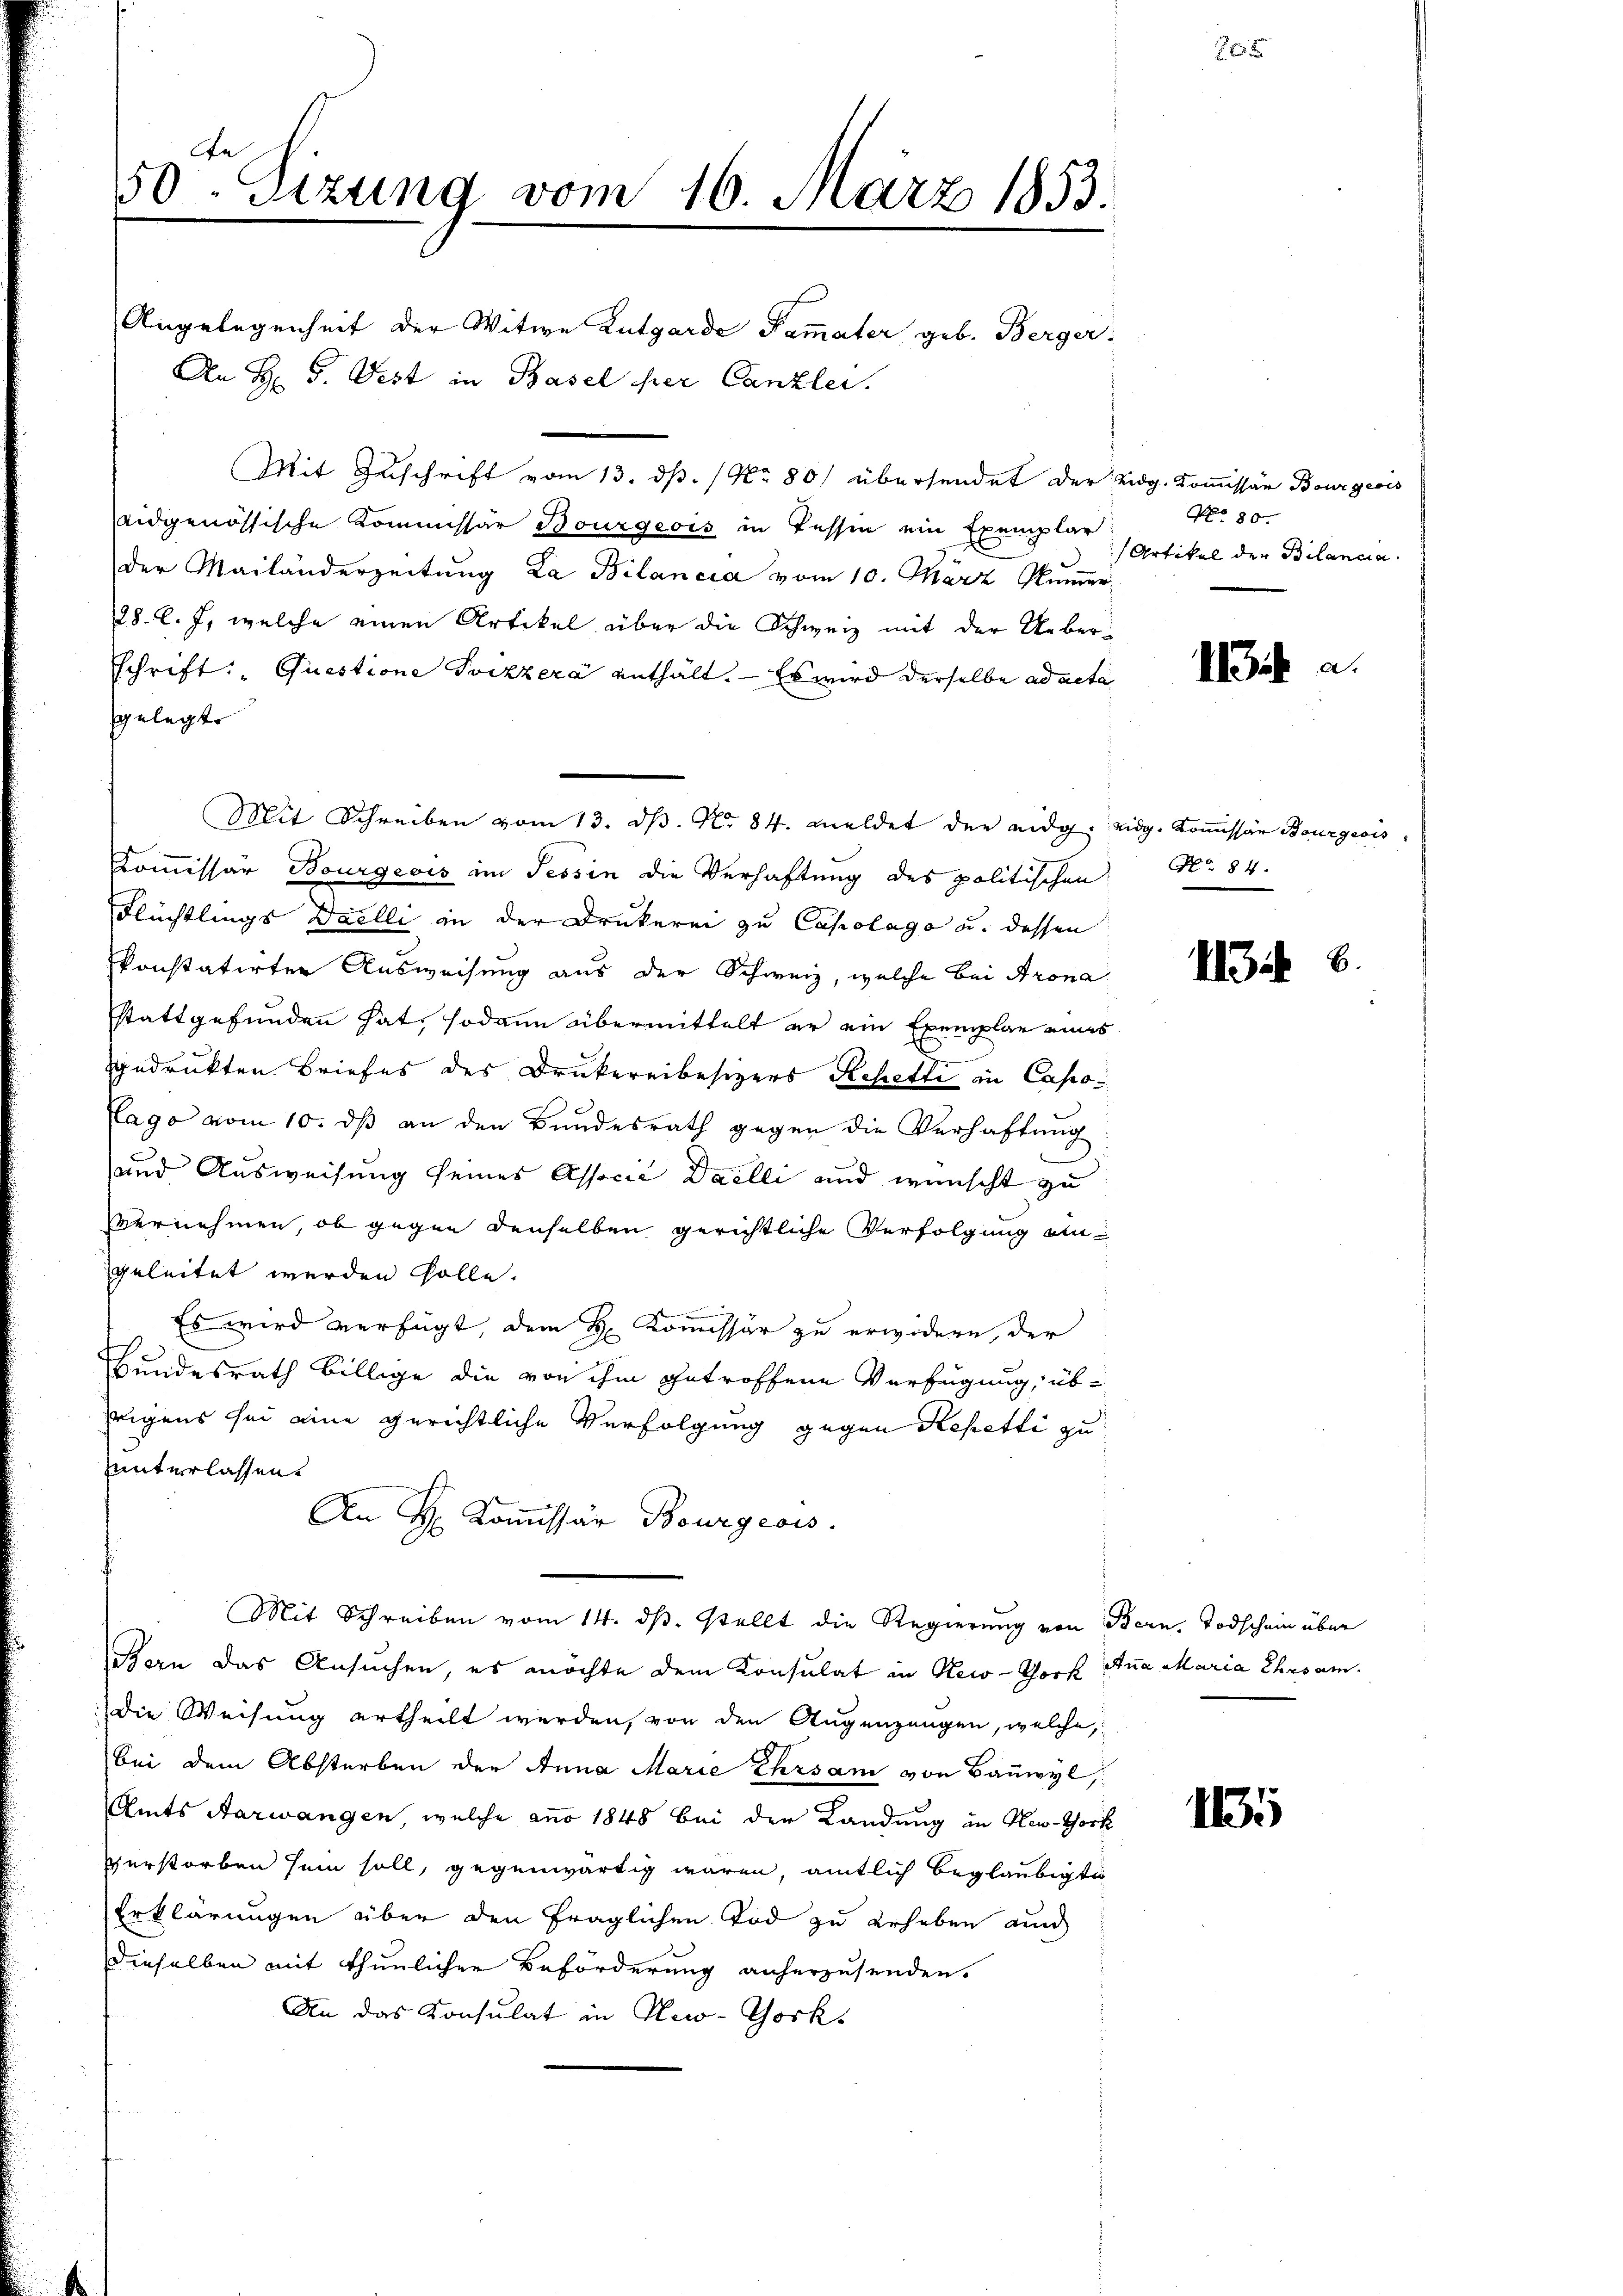
An
50 Sizung vom 16. März 1853.

Angelegenheit der Witwe Lutgarde Fammater geb. Berger
An H. G. Pest in Basel per Canzlei.
Mit Zuschrift vom 13. ds. No 80) übersendet der Eidg. Kommissär Bourgeois
eidgenössische Kommissär Bourgeois in Tessin ein Exemplar
der Mailänderzeitung La Bilancia vom 10. März Numer
28. l. J., welche einen Artikel über die Schweiz mit der Ueber-
schrift: „Questione Toczzera enthält. — Es wird derselbe ad acta
gelegt.
Mit Schreiben vom 13. d. N. 84. meldet der eidg. eidg. Kommissär Bourgeois
Kommissär Bourgeois im Tessin die Verhaftung des politischen
Flüchtlings Duelli in der Drukerei zu Capolage u. dessen
konstatirter Ausweisung aus der Schweiz, welche bei Krona
stattgefunden hat, sodann übermittelt er ein Exemplar eines
gedrukten Briefes des Drukereibesizers Rchetti in Capo¬
Lago vom 10. dß an den Bundesrath gegen die Verhaftung
und Ausweisung seines Associé Daelli und wünscht zu
vernehmen, ob gegen denselben gerichtliche Verfolgung ein
geleitet werden solle.
Es wird verfügt, dem H. Kommissär zu erwidern, der
Bundesrath billige die von ihm getroffene Verfügung, übrigens sei eine gerichtliche Verfolgung gegen Repetti zu
unterlassen.
An H. Kommissär Bourgeois.
Mit Schreiben vom 14. ds. stellt die Regierung von Bern, Todschein über
Bern das Ansuchen, es möchte dem Konsulat in New-York Ana Maria Ehrsam.
die Weisung ertheilt werden, von den Augenzungen, welche,
bei dem Absterben der Anna Marie Ehrsam von Bauwyl,
Amts Aarwangen, welche anno 1848 bei der Landung in New-York
erstorben sein soll, gegenwärtig wären, amtlich beglaubigte
Erklärungen über den fraglichen Tod zu erhoben auch
dieselben mit thunlichen Beförderung anherzusenden.
An das Konsulat in New-York,

No 80.
Artikel der Bilanca

1

No 84.

113. 8

1135